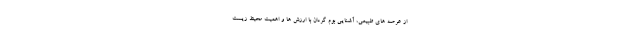
از عرصه های طبیعی، آشنایی بوم گردان با ارزش ها و اهمیت محیط زیست